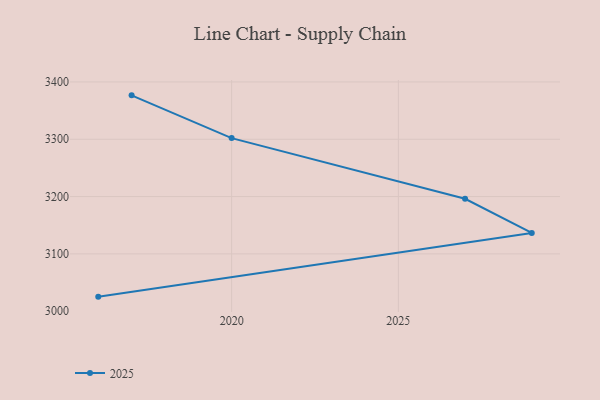
{"axis": {"x": "Year", "y": "Shipments"}, "legend": ["2025"], "data": [{"x": "2017", "y": 3376.6, "type": "2025"}, {"x": "2020", "y": 3302.0, "type": "2025"}, {"x": "2027", "y": 3196.1, "type": "2025"}, {"x": "2029", "y": 3136.6, "type": "2025"}, {"x": "2016", "y": 3025.4, "type": "2025"}]}